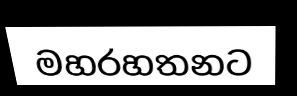
මහරහතනට